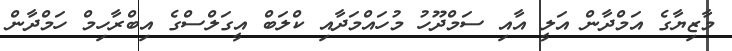
މާޒިޔާގެ އަމްދާން އަލީ އާއި ސަމްދޫހު މުހައްމަދާއި ކްލަބް އީގަލްސްގެ އިބްރާހިމް ހަމްދާން